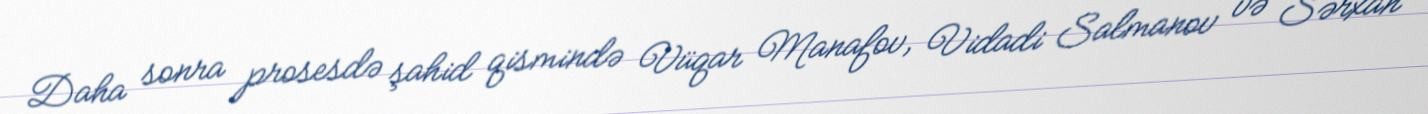
Daha sonra prosesdə şahid qismində Vüqar Manafov, Vidadi Salmanov və Sərxan